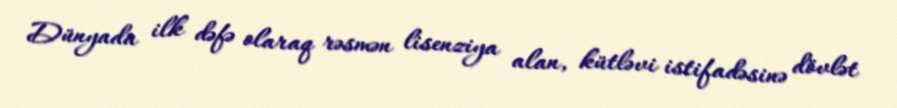
Dünyada ilk dəfə olaraq rəsmən lisenziya alan, kütləvi istifadəsinə dövlət